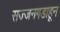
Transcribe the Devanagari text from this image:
सज्जनगडाहून